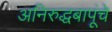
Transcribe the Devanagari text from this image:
अनिरुद्धबापूंचे